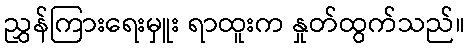
ညွှန်ကြားရေးမှူး ရာထူးက နှုတ်ထွက်သည်။